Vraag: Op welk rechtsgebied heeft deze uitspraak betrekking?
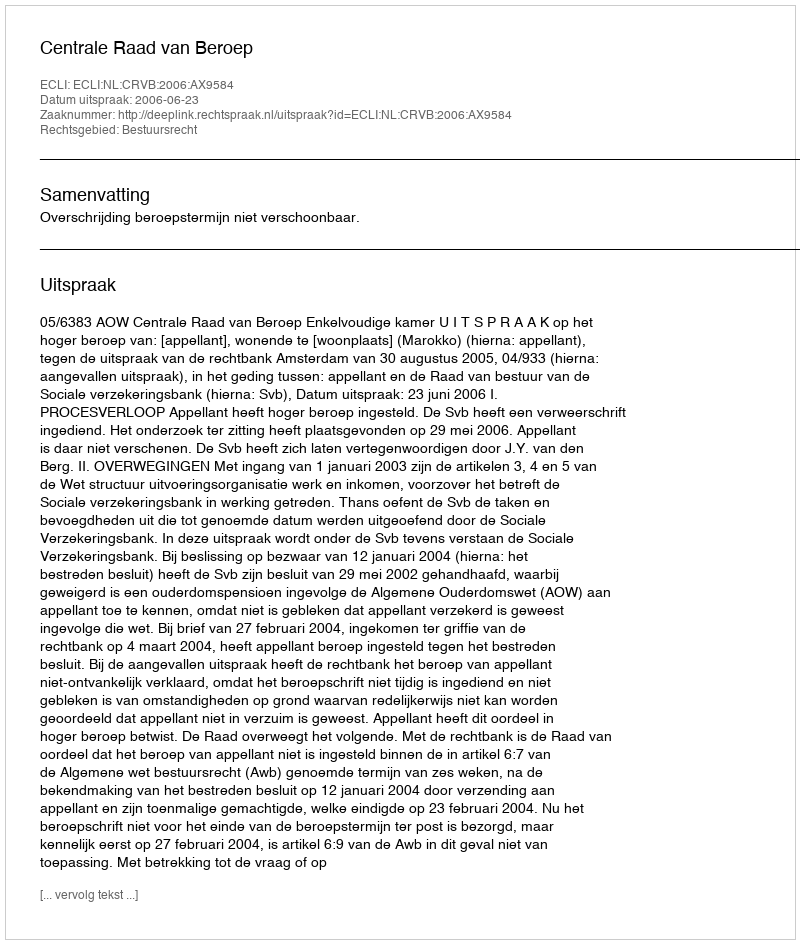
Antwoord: Bestuursrecht